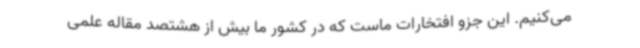
می‌کنیم. این جزو افتخارات ماست که در کشور ما بیش از هشتصد مقاله علمی